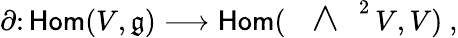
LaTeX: \partial\colon{\mathsf{Hom}}(V,\mathfrak{g})\longrightarrow{\mathsf{Hom}}(\mathrm{~\Large~\wedge~}^{2}\, V,V)\ ,